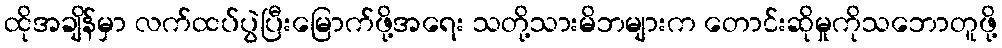
ထိုအချိန်မှာ လက်ထပ်ပွဲပြီးမြောက်ဖို့အရေး သတို့သားမိဘများက တောင်းဆိုမှုကိုသဘောတူဖို့